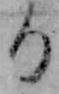
る